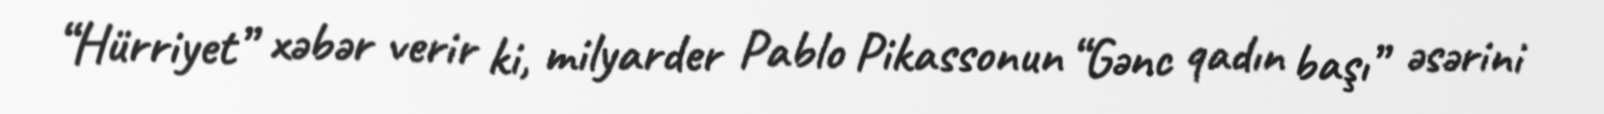
“Hürriyet” xəbər verir ki, milyarder Pablo Pikassonun “Gənc qadın başı” əsərini